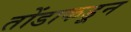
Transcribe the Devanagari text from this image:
तोंडाकडून